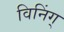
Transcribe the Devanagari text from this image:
विनिंग्